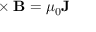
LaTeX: \mathbf { \nabla } \times \mathbf { B } = \mu _ { 0 } \mathbf { J }